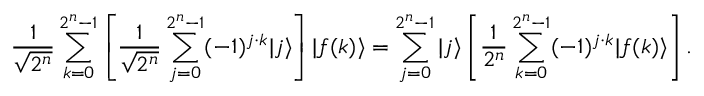
{ \frac { 1 } { \sqrt { 2 ^ { n } } } } \sum _ { k = 0 } ^ { 2 ^ { n } - 1 } \left[ { \frac { 1 } { \sqrt { 2 ^ { n } } } } \sum _ { j = 0 } ^ { 2 ^ { n } - 1 } ( - 1 ) ^ { j \cdot k } | j \rangle \right] | f ( k ) \rangle = \sum _ { j = 0 } ^ { 2 ^ { n } - 1 } | j \rangle \left[ { \frac { 1 } { 2 ^ { n } } } \sum _ { k = 0 } ^ { 2 ^ { n } - 1 } ( - 1 ) ^ { j \cdot k } | f ( k ) \rangle \right] .